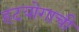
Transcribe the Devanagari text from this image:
हटयोगाची